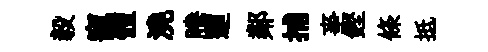
毅寵體澆騰迴鄰捕亊鏗條抵